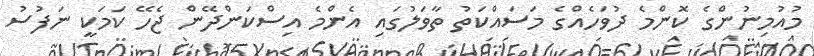
މުއުމިނުންގެ ކޮންމެ ދުވަހެއްގެ މަސައްކަތު ތާވަލުގައި އެންމެ އިސްކަންދޭން ޖެހޭ ކަމަކީ ނަފުސު